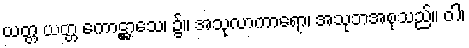
ယတ္တ ယတ္တ ကောဋ္ဌာသေ၊ ၌။ အသုလာကာရော၊ အသုဘအစုသည်။ ဝါ၊